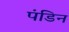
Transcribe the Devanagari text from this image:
पंडिन